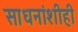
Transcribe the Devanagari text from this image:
साधनांशीही